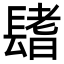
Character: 𨲤